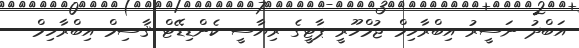
އަބްދު ނަސީރު އިބްރާހިމް ޖުމްހޫރީ ޕާޓީގެ ރިޔާސީ ކެންޑިޑޭޓް ޤާސިމް އިބްރާހިމް -